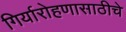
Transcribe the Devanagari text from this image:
गिर्यारोहणासाठीचे